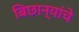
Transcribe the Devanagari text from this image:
बिछान्यांचे